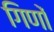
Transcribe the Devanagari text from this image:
गिणों